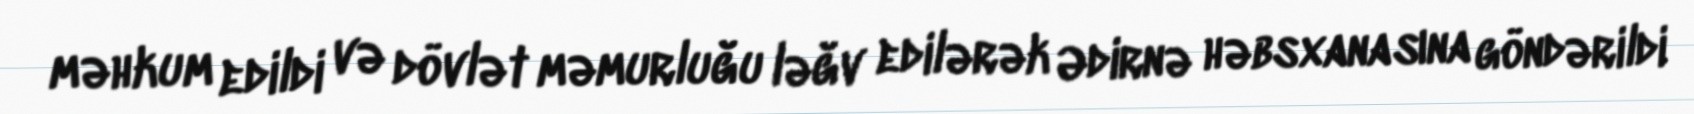
məhkum edildi və dövlət məmurluğu ləğv edilərək Ədirnə həbsxanasına göndərildi